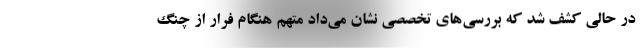
در حالی کشف شد که بررسی‌های تخصصی نشان می‌داد متهم هنگام فرار از چنگ